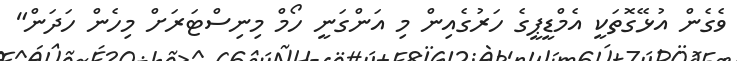
ވެގެން އުޅޭގޮތަކީ އެމްޑީޕީގެ ހަރުގެއިން މި އަންގަނީ ހޯމް މިނިސްޓަރަށް މިހެން ހަދަން"